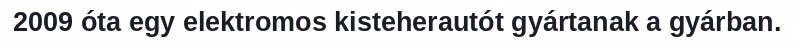
2009 óta egy elektromos kisteherautót gyártanak a gyárban.